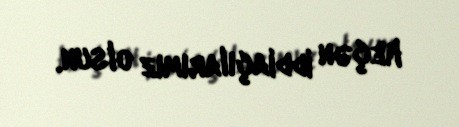
keçən iddiaçılarımız olsun.